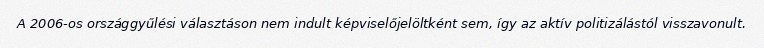
A 2006-os országgyűlési választáson nem indult képviselőjelöltként sem, így az aktív politizálástól visszavonult.